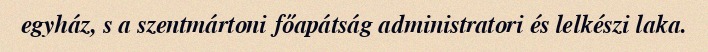
egyház, s a szentmártoni főapátság administratori és lelkészi laka.